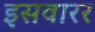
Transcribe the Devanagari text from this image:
इसवारर